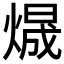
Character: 𱬃